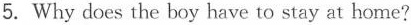
5. Why does the boy have to stay at home?